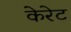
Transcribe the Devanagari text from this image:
केरेट